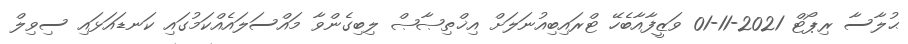
ޙުލާސާ ރިޕޯޓް 2021-11-01 ވަޒީފާއާބެހޭ ޓްރައިބިއުނަލަށް އިޚްތިޞާޞް ލިބިގެންވާ މައްސަލައެއްކަމުގައި ކަނޑައަޅައި ސިވިލް